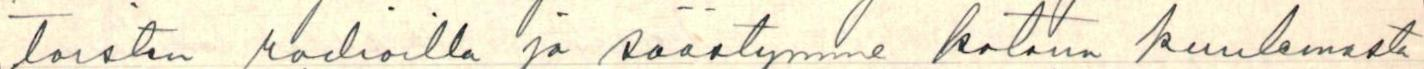
toisten radioilla ja säästymme kotona kuulemasta